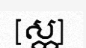
[ស្ក]